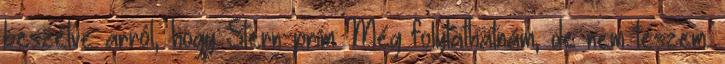
beszélve arról, hogy Stern-prím Még folytathatnám, de nem teszem.